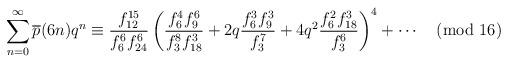
LaTeX: \begin{align*}\sum_{n=0}^\infty \overline{p}(6n)q^n \equiv \frac{f_{12}^{15}}{f_6^6 f_{24}^6} \left( \frac{f_6^4 f_9^6}{f_3^8f_{18}^3} + 2q\frac{f_6^3f_9^3}{f_3^7}+4q^2\frac{f_6^2f_{18}^3}{f_3^6} \right)^4 + \cdots \pmod{16}\end{align*}